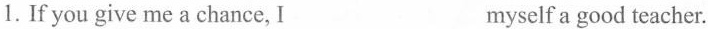
1.If you give me a chance, I ___ myself a good teacher.